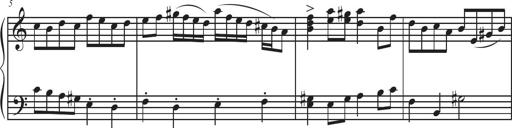
Title: Sonatina Espania
Composer: Jerald Franklin Archer
Key: Various